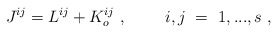
\begin{align*} J^{ij} = L^{ij} + K_o^{ij}\ ,~~~~~~~i,j~=~1,...,s \ ,\end{align*}